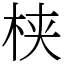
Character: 𬂩